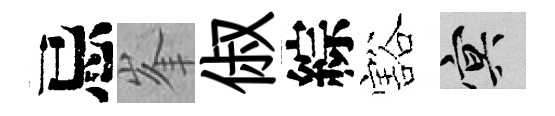
忌峯俶綜豁冥